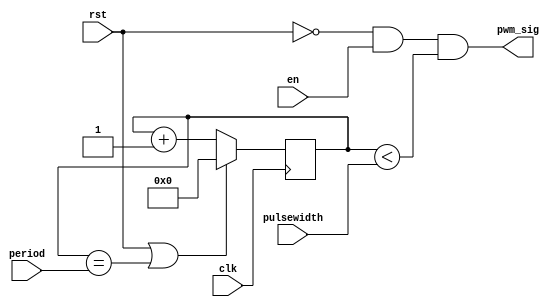

module pwm
(
    input  wire          clk,
    input  wire          rst,
    input  wire          en,
    input  wire [11 : 0] period,
    input  wire [11 : 0] pulsewidth,
    output wire          pwm_sig
);
    
    reg [11 : 0] pulse_count = 0;

    always @( posedge clk )
        if (rst || (pulse_count == period))
            pulse_count <= 0;
        else
            pulse_count <= pulse_count + 1;

    assign pwm_sig = ~rst & en & (pulse_count < pulsewidth);

endmodule // pwm